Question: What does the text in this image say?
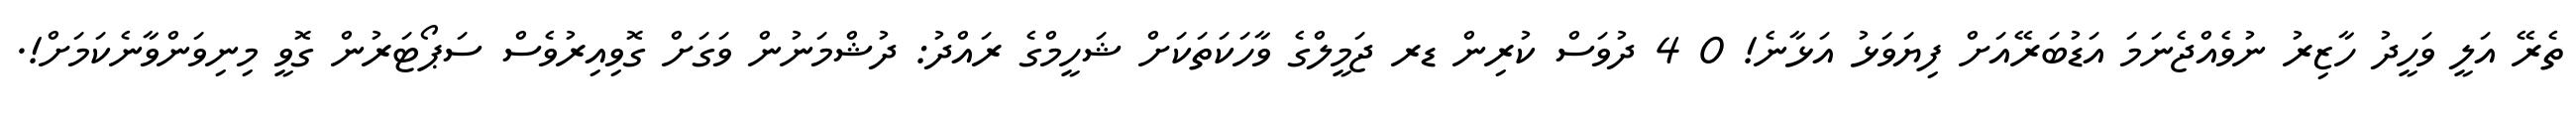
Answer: ތެރޭ އަލީ ވަހީދު ހާޒިރު ނުވެއްޖެނަމަ އަޑުބަރޭއަށް ފިޔަވަޅު އަޅާނެ! 0 4 ދުވަސް ކުރިން ޑރ ޖަމީލްގެ ވާހަކަތަކަށް ޝަހީމްގެ ރައްދު: ދުޝްމަނުން ވަގަށް ގޮވިއިރުވެސް ސަޕޯޓަރުން ގޮވީ މިނިވަންވާނެކަމަށް!.